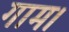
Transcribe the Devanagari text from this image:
गाम।